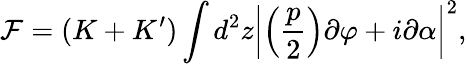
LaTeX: \mathcal F=(K+K^{\prime})\int d^{2}z\left|\left(\frac{p}{2}\right)\partial\varphi+i\partial\alpha\right|^{2},